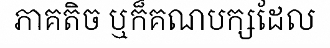
ភាគតិច ឬក៏គណបក្សដែល